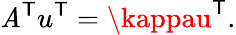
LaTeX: \mathit{A}^{\textsf{{T}}}u^{\textsf{{T}}}=\kappau^{\textsf{{T}}}.